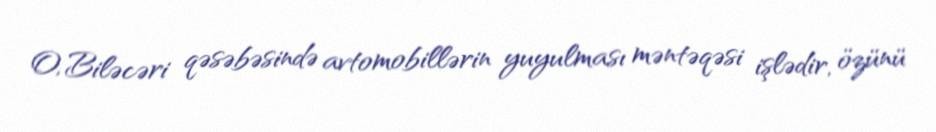
O, Biləcəri qəsəbəsində avtomobillərin yuyulması məntəqəsi işlədir, özünü